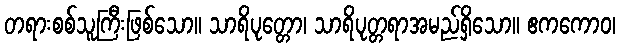
တရားစစ်သူကြီးဖြစ်သော။ သာရိပုတ္တော၊ သာရိပုတ္တရာအမည်ရှိသော။ ဧကကောဝ၊